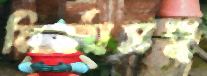
মির্জাসহ